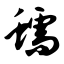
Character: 蠕